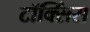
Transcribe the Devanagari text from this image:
टॉक्सिंस